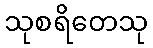
သုစရိတေသု